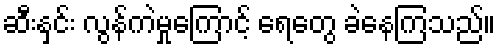
ဆီးနှင်း လွန်ကဲမှုကြောင့် ရေတွေ ခဲနေကြသည်။